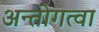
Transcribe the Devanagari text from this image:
अन्तोगत्वा